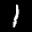
Label: 1